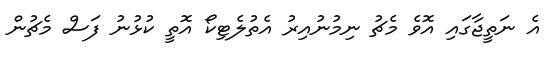
އެ ނަތީޖާގައި އޮވެ މެޗު ނިމުނުއިރު އެތުލެޓިކޯ އޮތީ ކުޅުނު ފަސް މެޗުން